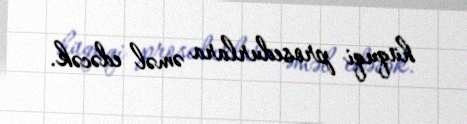
hüquqi prosedurlara əməl edəcək.